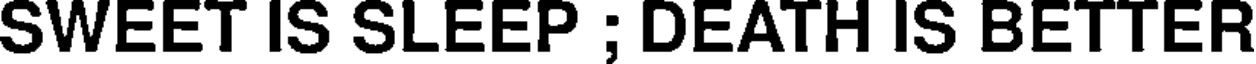
SWEET IS SLEEP ; DEATH IS BETTER